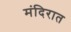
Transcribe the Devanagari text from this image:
मंदिरात